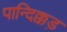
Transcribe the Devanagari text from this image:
पान्दिक्कड़